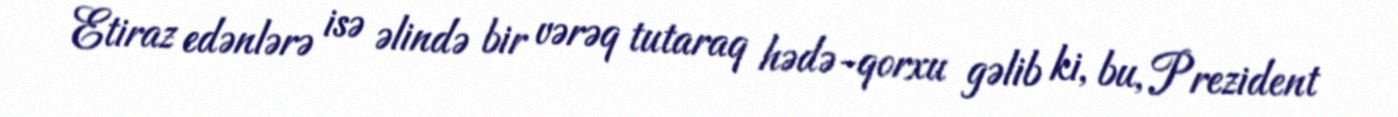
Etiraz edənlərə isə əlində bir vərəq tutaraq hədə-qorxu gəlib ki, bu, Prezident